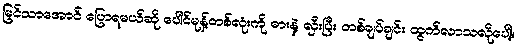
မြင်သာအောင် ပြောရမယ်ဆို ပေါင်မုန့်တစ်လုံးကို ဓားနဲ့ လှီးပြီး တစ်ချပ်ချင်း ထွက်လာသလိုပေါ့။